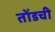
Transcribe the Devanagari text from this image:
तोंडची